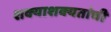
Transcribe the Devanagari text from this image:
शक्याशक्यतांची